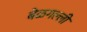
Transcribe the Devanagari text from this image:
बेळगल्ली